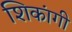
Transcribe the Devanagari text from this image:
शिकांगी